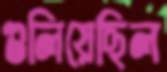
গুলিয়েছিল